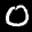
Label: 0